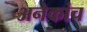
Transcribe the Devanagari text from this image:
अनेकांच